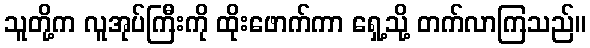
သူတို့က လူအုပ်ကြီးကို ထိုးဖောက်ကာ ရှေ့သို့ တက်လာကြသည်။